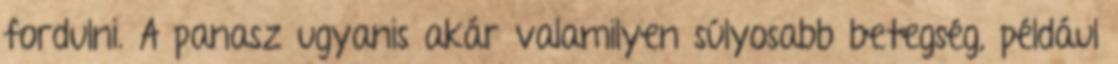
fordulni. A panasz ugyanis akár valamilyen súlyosabb betegség, például